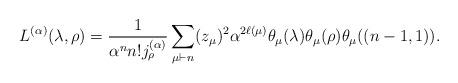
LaTeX: \begin{align*}L^{(\alpha)}(\lambda,\rho) = \frac{1}{\alpha^n n! j_\rho^{(\alpha)}}\sum_{\mu \vdash n}(z_\mu)^2 \alpha^{2\ell(\mu)}\theta_\mu(\lambda)\theta_\mu(\rho)\theta_\mu((n-1,1)).\end{align*}